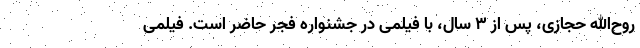
روح‌الله حجازی، پس از ۳ سال، با فیلمی در جشنواره فجر حاضر است. فیلمی